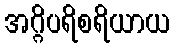
အဂ္ဂိပရိစရိယာယ